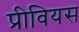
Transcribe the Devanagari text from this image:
प्रीवियस